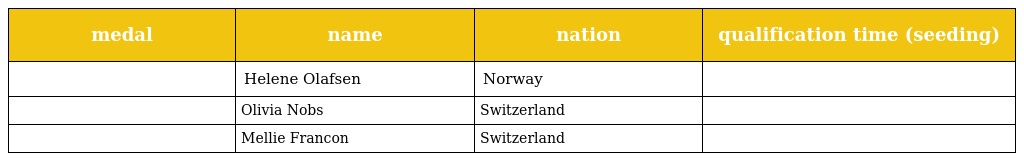
| medal | name | nation | qualification time (seeding) |
 | --- | --- | --- | --- |
 |  | Helene Olafsen | Norway |  |
 |  | Olivia Nobs | Switzerland |  |
 |  | Mellie Francon | Switzerland |  |